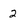
Character: 2